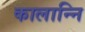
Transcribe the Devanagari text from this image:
कालान्नि